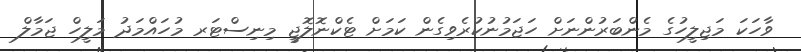
ވާހަކަ މަޖިލީހުގެ މެންބަރުންނަށް ހަޖަމުނުކުރެވިގެން ކަމަށް ޓެކްނޮލޮޖީ މިނިސްޓަރ މުހައްމަދު މަލީހް ޖަމާލް